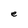
Character: e